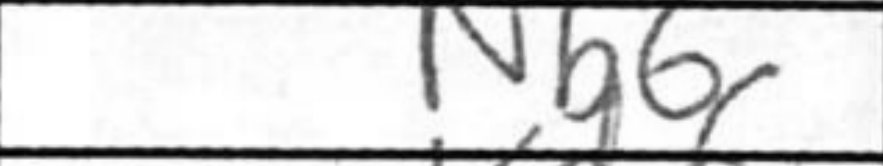
Transcription: Nb6